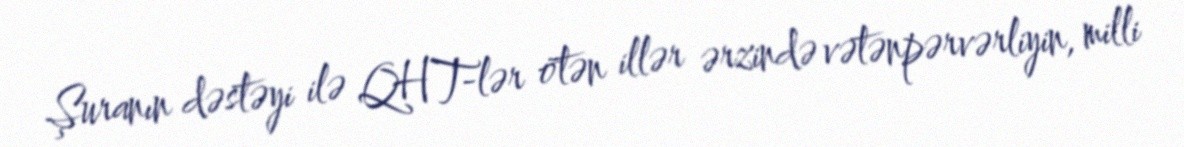
Şuranın dəstəyi ilə QHT-lər ötən illər ərzində vətənpərvərliyin, milli